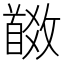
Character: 𩠩